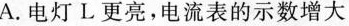
A.电灯L更亮，电流表的示数增大